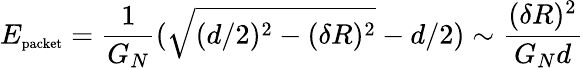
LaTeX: E_{\textup{\scriptsize{packet}}}=\frac{1}{G_{N}}(\sqrt{(d/2)^{2}-(\delta R)^{2}}-d/2)\sim\frac{(\delta R)^{2}}{G_{N}d}